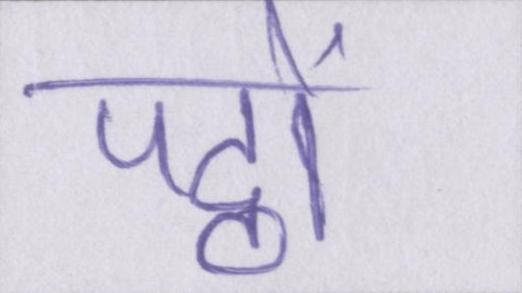
पट्ठों